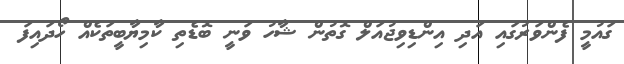
ގައުމީ ފެންވަރުގައި އަދި އިންޑިވިޖުއަލް ގޮތުން ޝާހު ވަނީ ބޮޑެތި ކާމިޔާބީތަކެއް ހޯދައިފަ